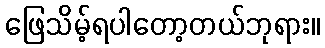
ဖြေသိမ့်ရပါတော့တယ်ဘုရား။